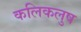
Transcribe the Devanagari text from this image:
कलिकलुष